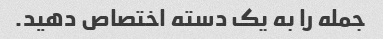
جمله را به یک دسته اختصاص دهید.